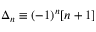
\Delta _ { n } \equiv ( - 1 ) ^ { n } [ n + 1 ]